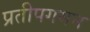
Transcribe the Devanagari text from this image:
प्रतीपगमन